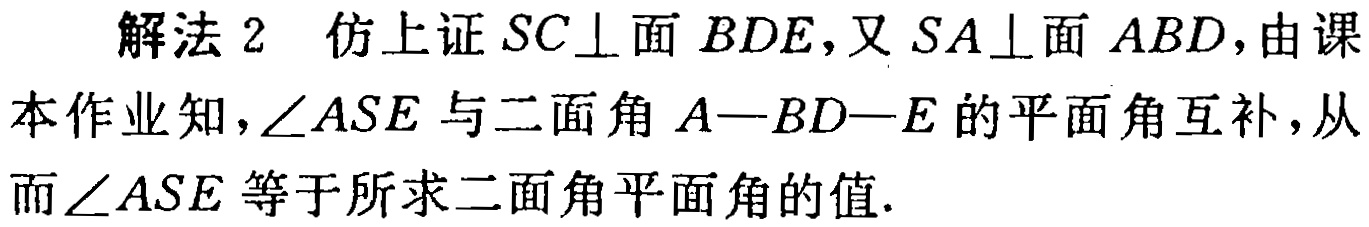
解法 2 仿上证 \(SC\perp\)面 \(BDE\)，又 \(SA\perp\)面 \(ABD\)，由课本作业知，\(\angle ASE\) 与二面角 \(A - BD - E\) 的平面角互补，从而 \(\angle ASE\) 等于所求二面角平面角的值.